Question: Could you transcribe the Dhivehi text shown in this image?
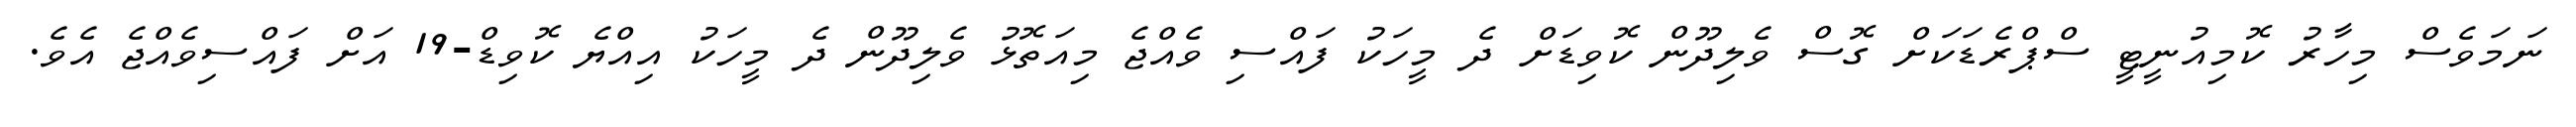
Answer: ނަމަވެސް މިހާރު ކޮމިއުނީޓީ ސްޕްރެޑަކަށް ގޮސް ވެލިދޫން ކޮވިޑަށް ދެ މީހަކު ފައްސި ވެއްޖެ މިއަތޮޅު ވެލިދޫން ދެ މީހަކު އިއްޔެ ކޮވިޑް-19 އަށް ފައްސިވެއްޖެ އެވެ.